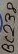
Text: BC238